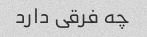
چه فرقی دارد